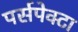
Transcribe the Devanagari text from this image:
पर्सपेक्टा